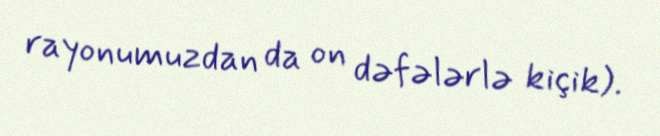
rayonumuzdan da on dəfələrlə kiçik).